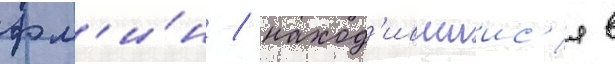
фл'и́н / наход'ившиис'я в